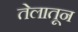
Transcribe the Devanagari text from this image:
तेलातून